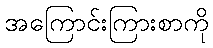
အကြောင်းကြားစာကို